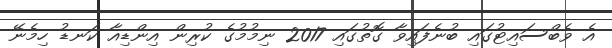
އެ ވެބްސައިޓުގައި ބުނެފައިވާ ގޮތުގައި 2017 ނިމުމުގެ ކުރިން އިންޑިއާ ކަނޑު ހިމެނޭ